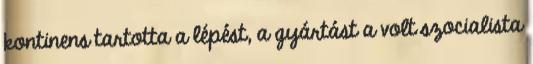
kontinens tartotta a lépést, a gyártást a volt szocialista